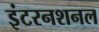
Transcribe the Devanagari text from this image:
इंटरनशनल